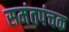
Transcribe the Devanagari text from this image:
समंतपंचक